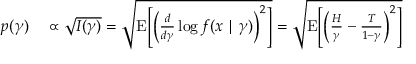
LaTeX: \begin{array} { r l } { p ( \gamma ) } & { { } \propto { \sqrt { I ( \gamma ) } } = { \sqrt { \operatorname { E } \! \left[ \left( { \frac { d } { d \gamma } } \log f ( x \mid \gamma ) \right) ^ { 2 } \right] } } = { \sqrt { \operatorname { E } \! \left[ \left( { \frac { H } { \gamma } } - { \frac { T } { 1 - \gamma } } \right) ^ { 2 } \right] } } } \end{array}